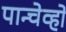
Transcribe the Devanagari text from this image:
पान्चेव्हो